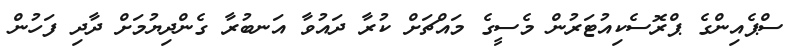
ސްޕެއިންގެ ޕްރޮސެކިއުޓަރުން މެސީގެ މައްޗަށް ކުރާ ދައުވާ އަނބުރާ ގެންދިޔުމަށް ދާދި ފަހުން